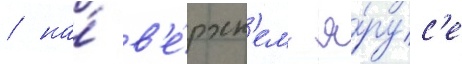
/ на́ в'е́рхн'ем я́рус'е